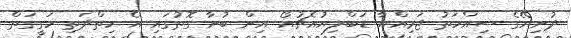
ދުނިޔޭގެ ސިއްހަތު ޖަމިއްޔާ ޑަބްލިޔުއެޗުއޯ އިން ބުނާ ގޮތުގައި އެ ހިތްދަތި ހަގީގަތް